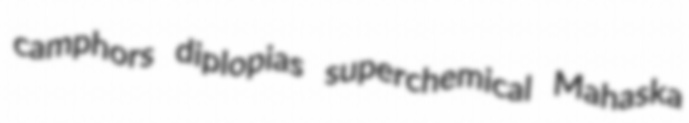
camphors diplopias superchemical Mahaska